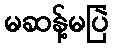
မဆန့်မပြဲ